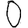
Digit: 0